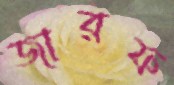
জারফ